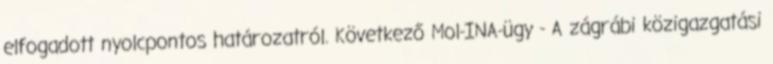
elfogadott nyolcpontos határozatról. Következő Mol-INA-ügy - A zágrábi közigazgatási